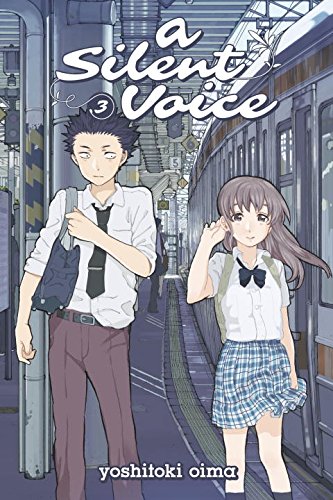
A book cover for A Silent Voice 3; Yoshitoki Oima; Comics & Graphic Novels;